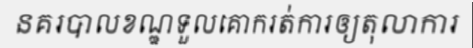
នគរបាលខណ្ឌទួលគោករត់ការឲ្យតុលាការ